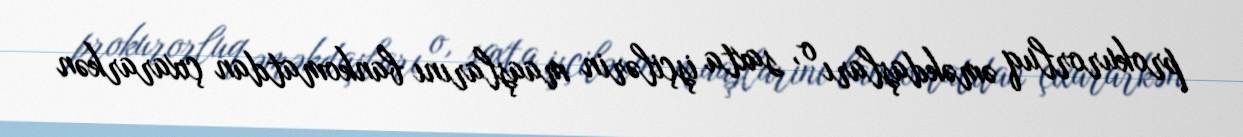
prokurorluq əməkdaşları o, saxta işçilərin maaşlarını bankomatdan çıxararkən